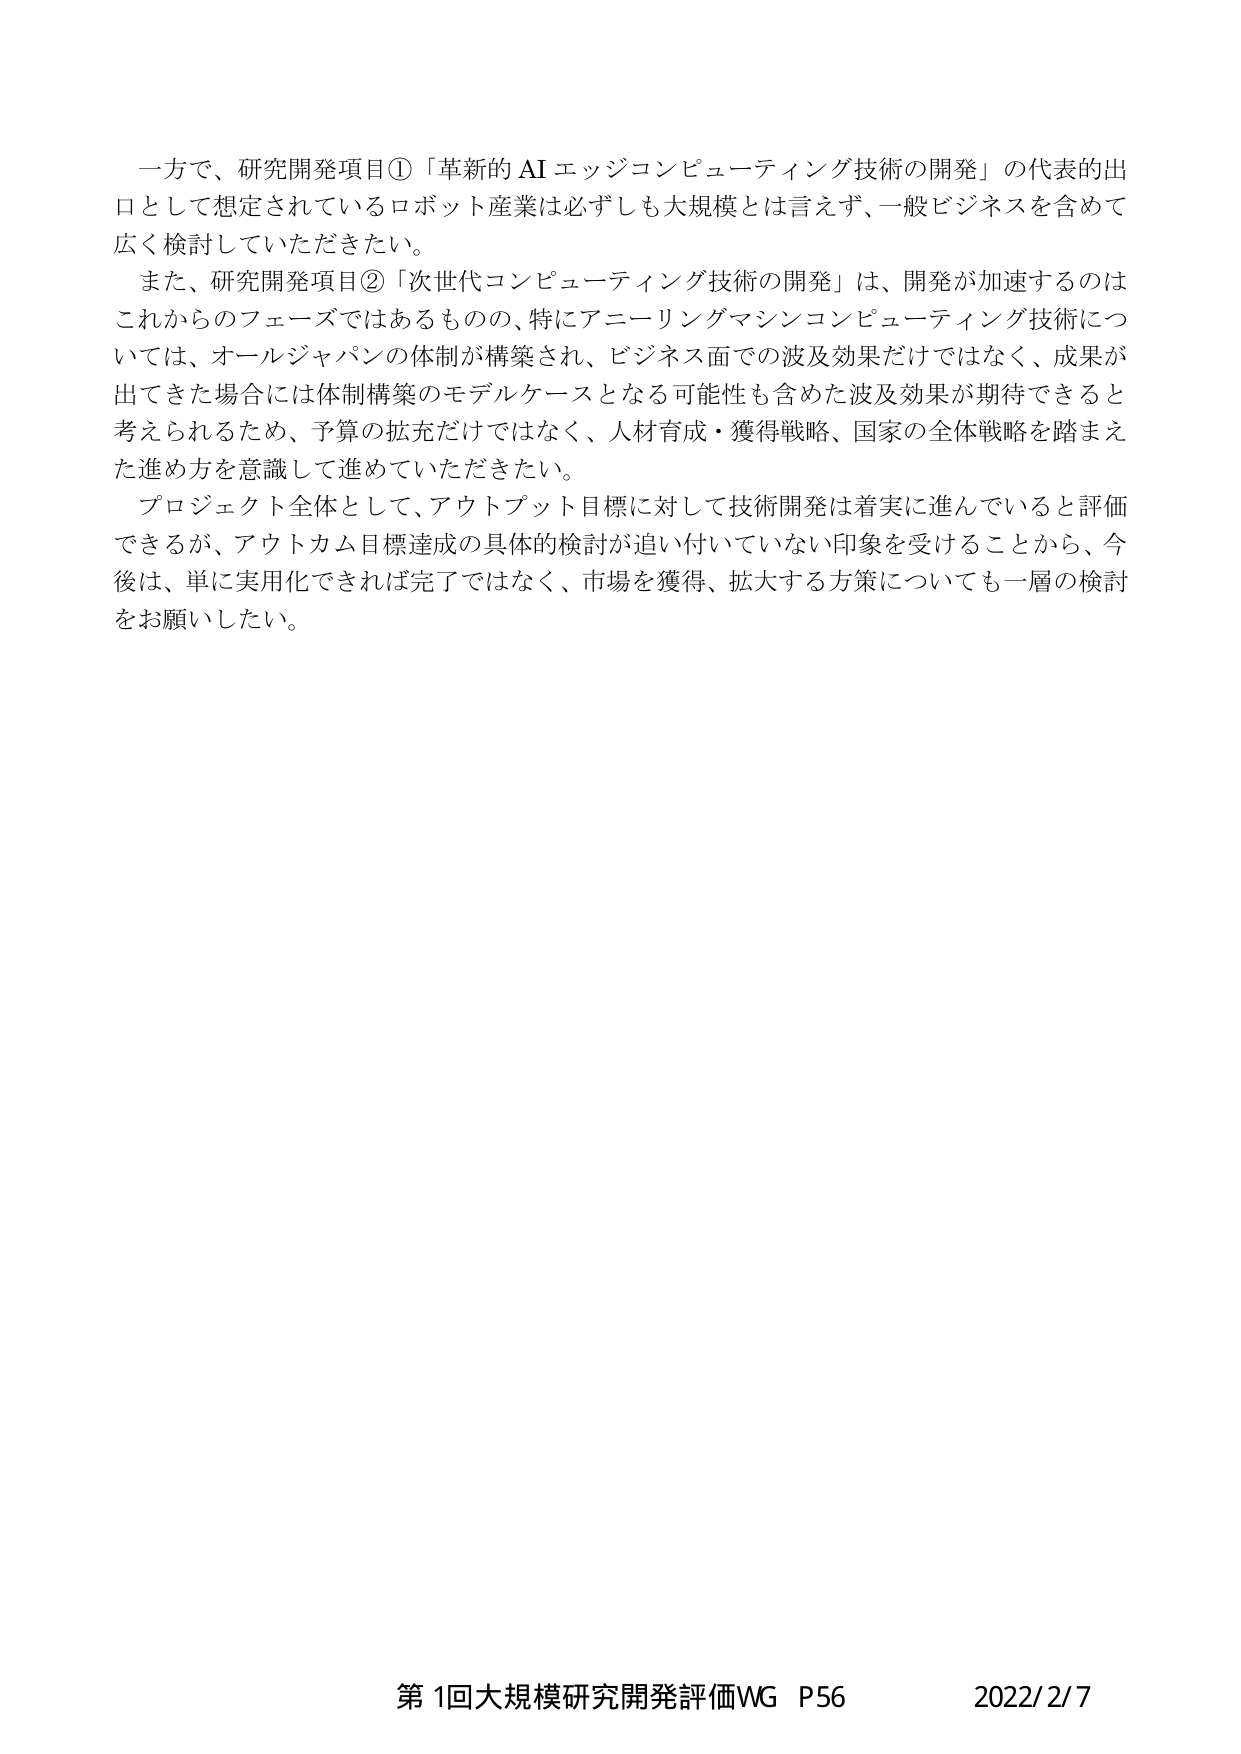
一方で、研究開発項目①「革新的 AI エッジコンピューティング技術の開発」の代表的出口として想定されているロボット産業は必ずしも大規模とは言えず、一般ビジネスを含めて広く検討していただきたい。

また、研究開発項目②「次世代コンピューティング技術の開発」は、開発が加速するのはこれからのフェーズではあるものの、特にアニーリングマシンコンピューティング技術については、オールジャパンの体制が構築され、ビジネス面での波及効果だけではなく、成果が出てきた場合には体制構築のモデルケースとなる可能性も含めた波及効果が期待できると考えられるため、予算の拡充だけではなく、人材育成・獲得戦略、国家の全体戦略を踏まえた進め方を意識して進めていただきたい。

プロジェクト全体として、アウトプット目標に対して技術開発は着実に進んでいると評価できるが、アウトカム目標達成の具体的検討が追い付いていない印象を受けることから、今後は、単に実用化できれば完了ではなく、市場を獲得、拡大する方策についても一層の検討をお願いしたい。

第1回大規模研究開発評価WG P56 2022/2/7